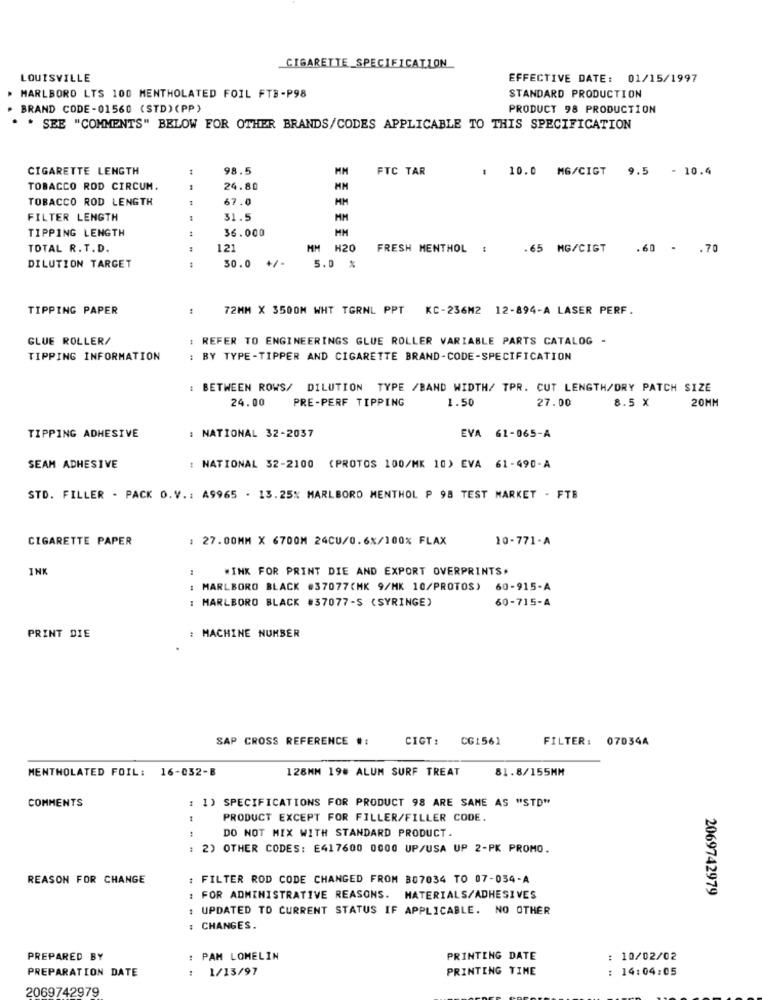
CIGARETTE SPECIFICATION
LOUISVILLE
EFFECTIVE DATE: 01/15/1997
MARLBORO LTS 100 MENTHOLATED FOIL FTB-P98
STANDARD PRODUCTION
BRAND CODE-01560 (STD) (PP)
PRODUCT 98 PRODUCTION
. . SEE "COMMENTS" BELOW FOR OTHER BRANDS/CODES APPLICABLE TO THIS SPECIFICATION
CIGARETTE LENGTH
98.5
FTC TAR
10.0 MG/CIGT 9.5 - 10.4
TOBACCO ROD CIRCUM.
24.80
HM
TOBACCO ROD LENGTH
1
67.0
MM
FILTER LENGTH
31.5
MM
TIPPING LENGTH
36.000
MM
TOTAL R.T.D.
121
MM H20
FRESH MENTHOL :
.65 MG/CIGT
.60 - . 70
30.0
+/-
DILUTION TARGET
5.0 %
TIPPING PAPER
-
72MM X 3500M WHT TGRNL PPT KC-236M2 12-894-A LASER PERF.
GLUE ROLLER/
: REFER TO ENGINEERINGS GLUE ROLLER VARIABLE PARTS CATALOG -
TIPPING INFORMATION
BY TYPE-TIPPER AND CIGARETTE BRAND-CODE-SPECIFICATION
: BETWEEN ROWS/ DILUTION TYPE /BAND WIDTH/ TPR. CUT LENGTH/DRY PATCH SIZE
24.00
PRE-PERF TIPPING
1.50
8.5 X
20MM
27.00
TIPPING ADHESIVE
: NATIONAL 32-2037
EVA 61-065-A
SEAM ADHESIVE
: NATIONAL 32-2100 (PROTOS 100/MK 10) EVA 61-490-A
STD. FILLER - PACK O.V .: A9965 . 13.25% MARLBORO MENTHOL P 98 TEST MARKET - FTB
CIGARETTE PAPER
: 27.00MM X 6700M 24CU/0.6%/100% FLAX
10-771-A
INK
:
WINK FOR PRINT DIE AND EXPORT OVERPRINTS.
MARLBORO BLACK #37077(MK 9/MK 10/PROTOS)
60-915-A
: MARLBORO BLACK #37077-S (SYRINGE)
60-715-A
MACHINE NUMBER
PRINT DIE
SAP CROSS REFERENCE # :
CIGT :
CG1561
FILTER: 07034A
MENTHOLATED FOIL: 16-032-B
128MM 198 ALUM SURF TREAT
81.8/155MM
COMMENTS
1) SPECIFICATIONS FOR PRODUCT 98 ARE SAME AS "STD"
PRODUCT EXCEPT FOR FILLER/FILLER CODE.
DO NOT MIX WITH STANDARD PRODUCT.
2) OTHER CODES: E417600 0000 UP/USA UP 2-PK PROMO.
REASON FOR CHANGE
FILTER ROD CODE CHANGED FROM 807034 TO 07-034-A
2069742979
: FOR ADMINISTRATIVE REASONS. MATERIALS/ADHESIVES
: UPDATED TO CURRENT STATUS IF APPLICABLE. NO OTHER
: CHANGES.
PREPARED BY
: PAM LOMELIN
PRINTING DATE
: 10/02/02
: 1/13/97
PRINTING TIME
: 14:04:05
PREPARATION DATE
2069742979